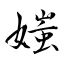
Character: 媸